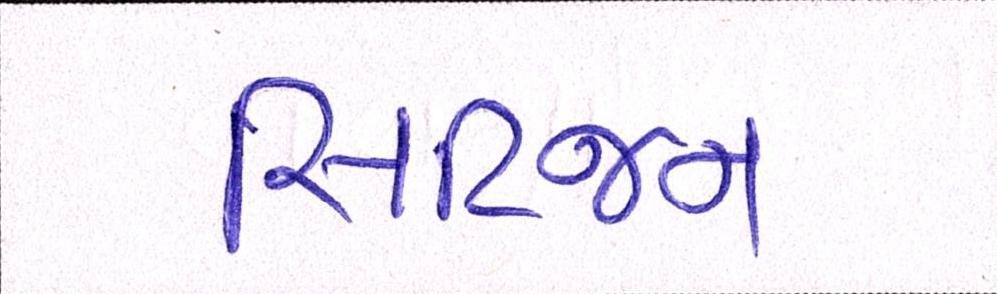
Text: સિટિજન